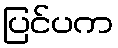
ပြင်ပက